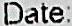
DATE: